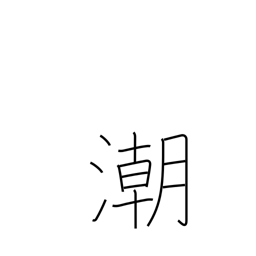
Meaning: tide